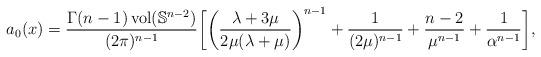
LaTeX: \begin{align*} a_0(x) = \frac{\Gamma(n-1)\operatorname{vol}(\mathbb{S}^{n-2})}{(2\pi)^{n-1}} \biggl[ \biggl( \frac{\lambda + 3\mu}{2\mu (\lambda + \mu)} \biggr)^{n-1} + \frac{1}{(2\mu)^{n-1}} + \frac{n-2}{\mu^{n-1}} + \frac{1}{\alpha^{n-1}} \biggr], \end{align*}